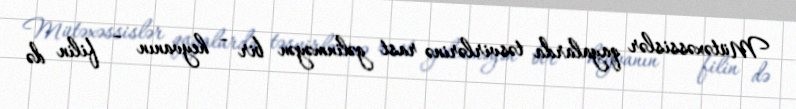
Mütəxəssislər qayalarda təsvirlərinə rast gəlinməyən bir – heyvanın – filin də